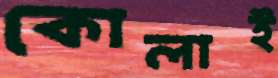
কোলাই